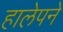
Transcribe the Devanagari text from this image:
हालेपने